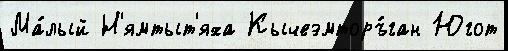
Ма́лый Н'ямтыт'яха Кычеэмторъ́ган Югот